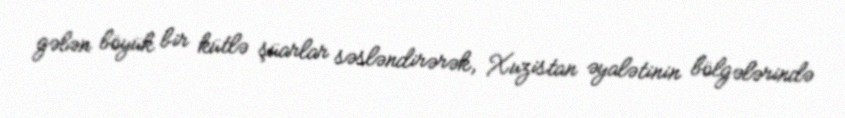
gələn böyük bir kütlə şüarlar səsləndirərək, Xuzistan əyalətinin bölgələrində